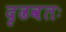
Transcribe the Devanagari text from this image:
दृढवतः